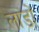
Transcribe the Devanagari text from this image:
लाडों